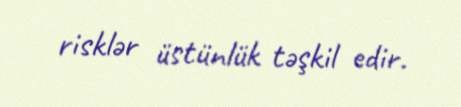
risklər üstünlük təşkil edir.